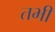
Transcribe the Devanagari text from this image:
तभीं